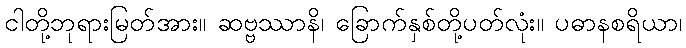
ငါတို့ဘုရားမြတ်အား။ ဆဗ္ဗဿာနိ၊ ခြောက်နှစ်တို့ပတ်လုံး။ ပဓာနစရိယာ၊